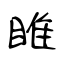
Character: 睢